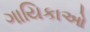
ગાયિકાઓ